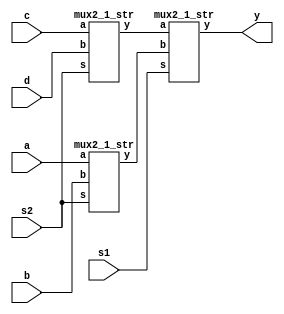
module mux_4x1_um2x1(output y,input s1,s2,a,b,c,d);
wire w1,w2;
mux2_1_str M1(w1,a,b,s2);
mux2_1_str M2(.y(w2),.b(d),.a(c),.s(s2));
mux2_1_str M3(.y(y),.b(w1),.a(w2),.s(s1));
endmodule

module mux2_1_str(output y, input a,b,s);
wire w1,w2,w3;
not N1(w1,s);
and A1(w2,a,s);
and A2(w3,b,w1);
or O1(y,w2,w3);
endmodule